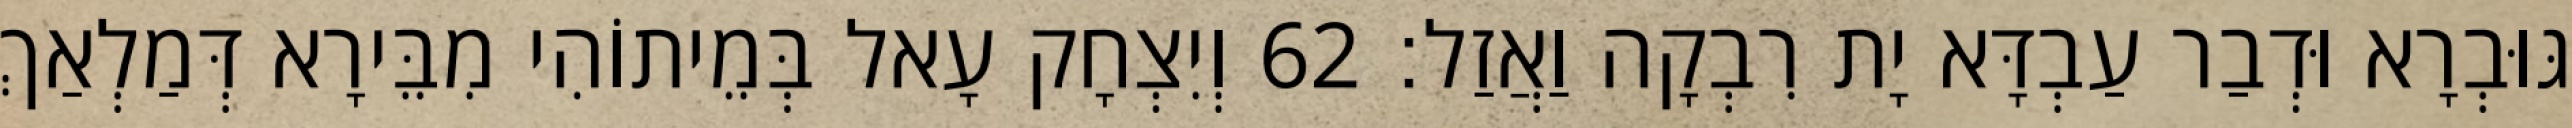
גּוּבְרָא וּדְבַר עַבְדָּא יָת רִבְקָה וַאֲזַל׃ 62 וְיִצְחָק עָאל בְּמֵיתוֹהִי מִבֵּירָא דְּמַלְאַךְ